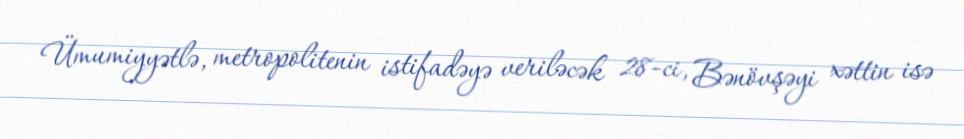
Ümumiyyətlə, metropolitenin istifadəyə veriləcək 28-ci, Bənövşəyi xəttin isə